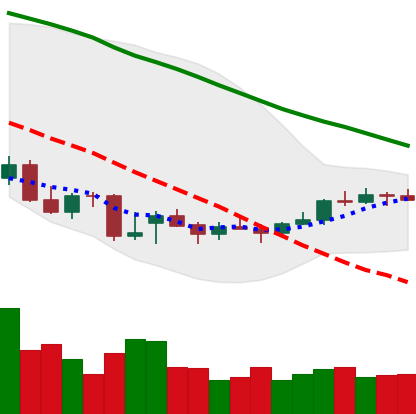
Ticker: ETC-USD
Chart end date: 2021-12-27
Forward return: -7.367%
Label: down_7plus